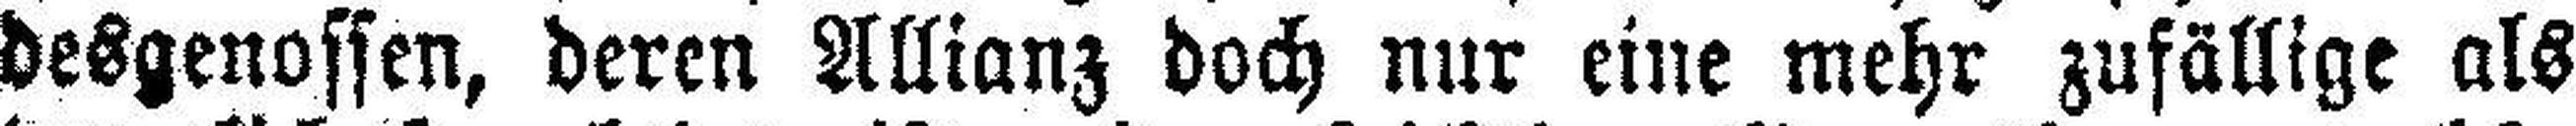
desgenossen, deren Allianz doch nur eine mehr zufällige als